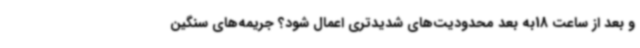
و بعد از ساعت 18به بعد محدودیت‌های شدیدتری اعمال شود؟ جریمه‌های سنگین